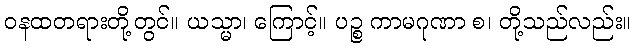
ဝနထတရားတို့တွင်။ ယသ္မာ၊ ကြောင့်။ ပဉ္စ ကာမဂုဏာ စ၊ တို့သည်လည်း။